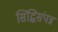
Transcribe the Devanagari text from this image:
सिद्धिसंपन्न